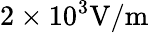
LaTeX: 2\times 10^{3}\mathrm{V/m}